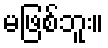
မဖြစ်ဘူး။